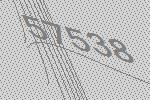
57538